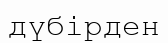
дүбірден